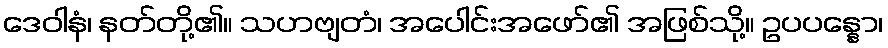
ဒေဝါနံ၊ နတ်တို့၏။ သဟဗျတံ၊ အပေါင်းအဖော်၏ အဖြစ်သို့။ ဥပပန္နော၊